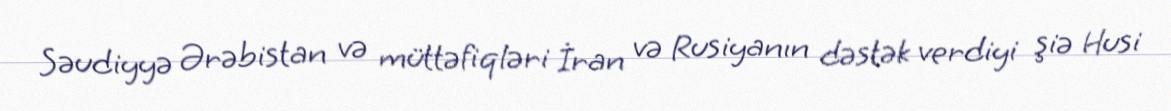
Səudiyyə Ərəbistan və müttəfiqləri İran və Rusiyanın dəstək verdiyi şiə Husi